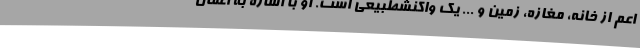
اعم از خانه، مغازه، زمین و ... یک واکنشطبیعی است. او با اشاره به اعمال